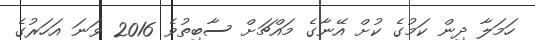
ހަމަލާ ދިން ކަމުގެ ކުށް އޭނާގެ މައްޗަށް ސާބިތުވެ 2016 ވަނަ އަހަރުގެ